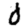
Digit: 0